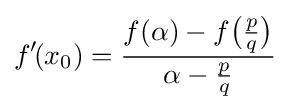
f'\!(x_{0})={\frac {f(\alpha )-f{\bigl (}{\frac {p}{q}}{\bigr )}}{\alpha -{\frac {p}{q}}}}